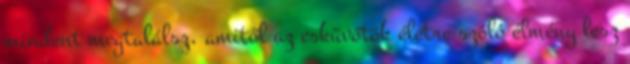
mindent megtalálsz, amitől az esküvőtök életre szóló élmény lesz